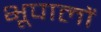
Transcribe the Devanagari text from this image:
भूपालों